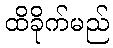
ထိခိုက်မည်